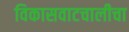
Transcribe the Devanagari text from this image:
विकासवाटचालीचा